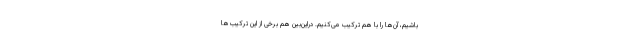
باشیم، آن‌ها را با هم ترکیب می‌کنیم. دراین‌بین هم برخی از این ترکیب‌ها